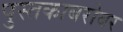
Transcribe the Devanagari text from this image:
पुस्तकाबरोबर